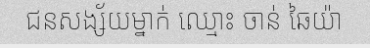
ជនសង្ស័យម្នាក់ ឈ្មោះ ចាន់ ឆៃយ៉ា